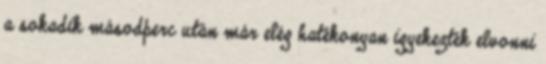
a sokadik másodperc után már elég hatékonyan igyekezték elvonni